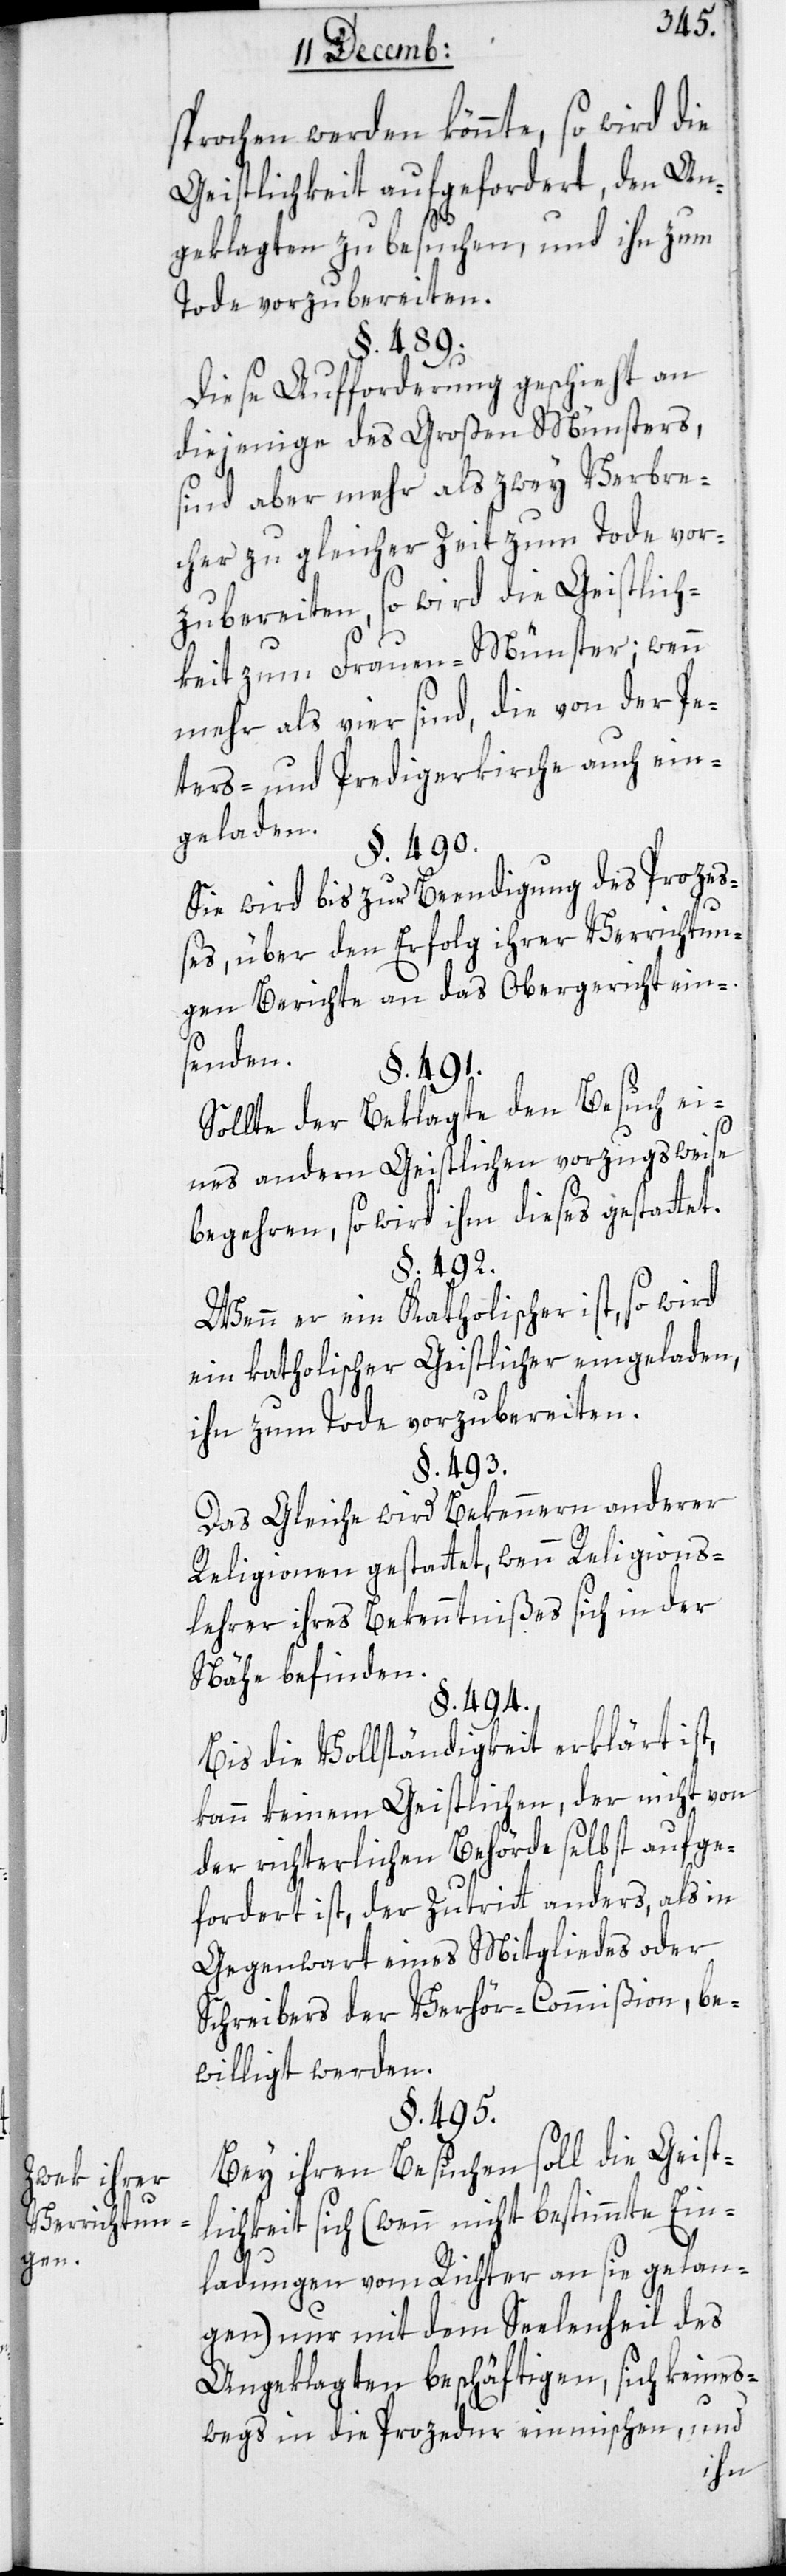
Zwek ihrer
Verrichtun¬
gen.

sprochen werden könnte, so wird die
Geistlichkeit aufgefordert, den An¬
geklagten zu besuchen und ihn zum
Tode vorzubereiten.
§. 489.
Diese Aufforderung geschieht an
diejenige des Großen Münsters,
sind aber mehr als zwey Verbre¬
cher zu gleicher Zeit zum Tode vor¬
zubereiten, so wird die Geistlich¬
keit zum Frauen-Münster; wenn
mehr als vier sind, die von der Pe¬
ters- und Predigerkirche auch ein¬
geladen.
§. 490.
Sie wird bis zur Beendigung des Proze¬
ßes, über den Erfolg ihrer Verrichtun¬
gen Bericht an das Obergericht eins¬
enden.
§. 491.
Sollte der Beklagte den Besuch ei¬
nes andern Geistlichen vorzugsweise
begehren, so wird ihm dieses gestattet.
§. 492.
Wenn er ein Katholischer ist, so wird
ein katholischer Geistlicher eingeladen,
ihn zum Tode vorzubereiten.
§. 493.
Das Gleiche wird Bekennern anderer
Religionen gestattet, wenn Religions¬
lehrer ihres Bekenntnißes sich in der
Nähe befinden.
§. 494.
Bis die Vollständigkeit erklärt ist,
kann keinem Geistlichen, der nicht von
der richterlichen Behörde selbst aufge¬
fordert ist, der Zutritt anders, als in
Gegenwart eines Mitgliedes oder
Schreibers der Verhör-Commißion be¬
willigt werden.
§. 495.
Bey ihren Besuchen soll die Geist¬
lichkeit sich (wenn nicht bestimmte Ein¬
ladungen vom Richter an sie gelan¬
gen) nur mit dem Seelenheil des
Angeklagten beschäftigen, sich keines¬
wegs in die Procedur einmischen, und